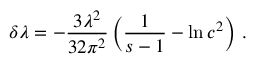
\delta \lambda = - \frac { 3 \lambda ^ { 2 } } { 3 2 \pi ^ { 2 } } \left( { \frac { 1 } { s - 1 } } - \ln c ^ { 2 } \right) \, .